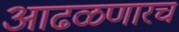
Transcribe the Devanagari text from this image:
आढळणारच